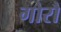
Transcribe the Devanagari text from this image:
गोरौ